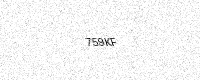
Text: 759KF